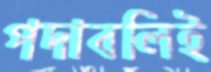
পদাবলিই